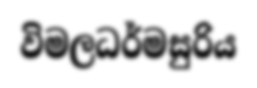
විමලධර්මසුරිය